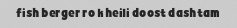
fish berger ro kheili doost dashtam